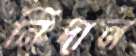
নিদান